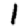
Digit: 1